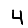
Digit: 4